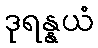
ဒုရန္နယံ